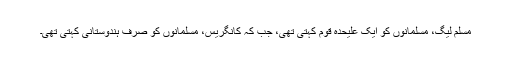
مسلم لیگ، مسلمانوں کو ایک علیحدہ قوم کہتی تھی، جب کہ کانگریس، مسلمانوں کو صرف ہندوستانی کہتی تھی۔